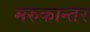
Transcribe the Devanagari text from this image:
मरुकान्तर